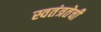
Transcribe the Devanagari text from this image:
स्वतंत्रतेची